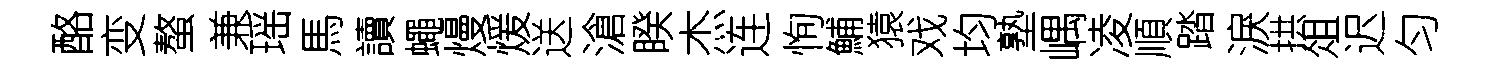
酪变螯兼瑶馬讀蠅熳煖送滄睽杰连恂鯆猿戏均塾嵎凌順踏淚拱俎迟匀